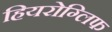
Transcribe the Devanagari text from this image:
हियरोग्लिफ